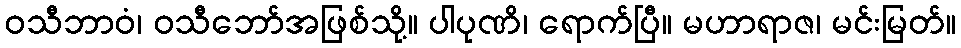
ဝသီဘာဝံ၊ ဝသီဘော်အဖြစ်သို့။ ပါပုဏိ၊ ရောက်ပြီ။ မဟာရာဇ၊ မင်းမြတ်။